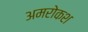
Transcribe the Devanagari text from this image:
अमरोकश